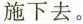
施下去。